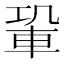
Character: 𨋑